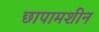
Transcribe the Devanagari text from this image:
छापामशीन